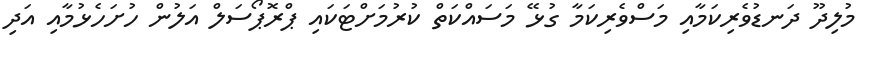
މުލިދޫ ދަނޑުވެރިކަމާއި މަސްވެރިކަމާ ގުޅޭ މަސައްކަތް ކުރުމަށްޓަކައި ޕްރޮޕޯސަލް އަލުން ހުށަހެޅުމާއި އަދި